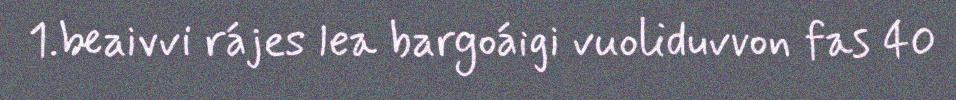
1.beaivvi rájes lea bargoáigi vuoliduvvon fas 40